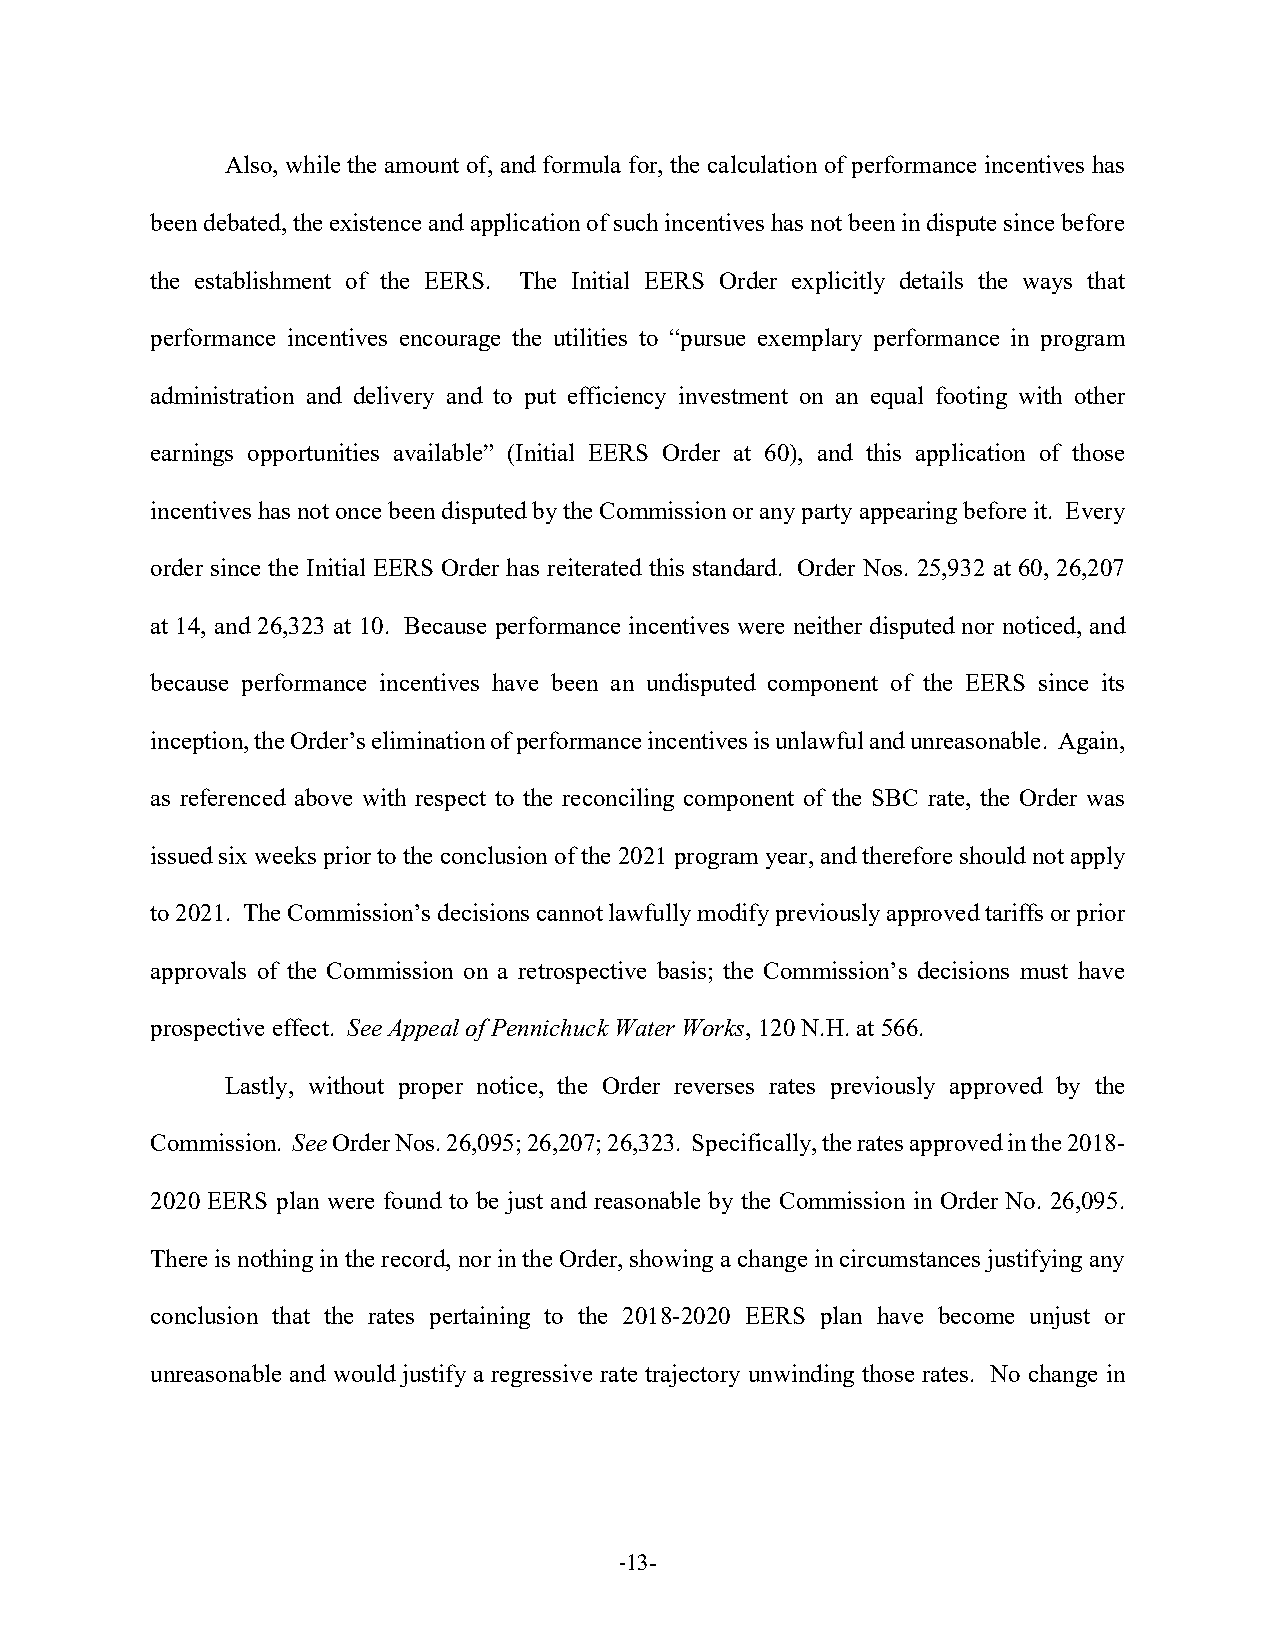
Also, while the amount of, and formula for, the calculation of performance incentives has
 been debated, the existence and application of such incentives has not been in dispute since before
 the establishment of the EERS. The Initial EERS Order explicitly details the ways that
 performance incentives encourage the utilities to “pursue exemplary performance in program
 administration and delivery and to put efficiency investment on an equal footing with other
 earnings opportunities available” (Initial EERS Order at 60), and this application of those
 incentives has not once been disputed by the Commission or any party appearing before it. Every
 order since the Initial EERS Order has reiterated this standard. Order Nos. 25,932 at 60, 26,207
 at 14, and 26,323 at 10. Because performance incentives were neither disputed nor noticed, and
 because performance incentives have been an undisputed component of the EERS since its
 inception, the Order’s elimination of performance incentives is unlawful and unreasonable. Again,
 as referenced above with respect to the reconciling component of the SBC rate, the Order was
 issued six weeks prior to the conclusion of the 2021 program year, and therefore should not apply
 to 2021. The Commission’s decisions cannot lawfully modify previously approved tariffs or prior
 approvals of the Commission on a retrospective basis; the Commission’s decisions must have
 prospective effect. See Appeal of Pennichuck Water Works, 120 N.H. at 566.
 Lastly, without proper notice, the Order reverses rates previously approved by the
 Commission. See Order Nos. 26,095; 26,207; 26,323. Specifically, the rates approved in the 2018-
 2020 EERS plan were found to be just and reasonable by the Commission in Order No. 26,095.
 There is nothing in the record, nor in the Order, showing a change in circumstances justifying any
 conclusion that the rates pertaining to the 2018-2020 EERS plan have become unjust or
 unreasonable and would justify a regressive rate trajectory unwinding those rates. No change in
 -13-